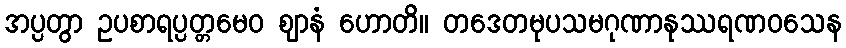
အပ္ပတွာ ဥပစာရပ္ပတ္တမေဝ ဈာနံ ဟောတိ။ တဒေတမုပသမဂုဏာနုဿရဏဝသေန